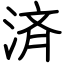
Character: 済